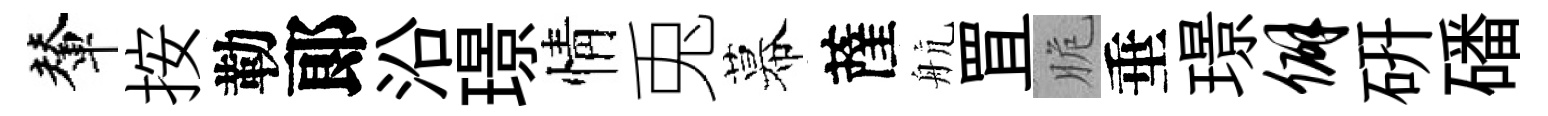
輦按勒郞沿璟情兎幕薩航罝脆垂璟僻硏磻